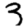
Digit: 3